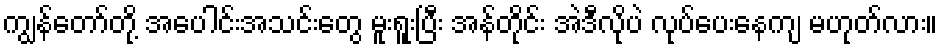
ကျွန်တော်တို့ အပေါင်းအသင်းတွေ မူးရူးပြီး အန်တိုင်း အဲဒီလိုပဲ လုပ်ပေးနေကျ မဟုတ်လား။